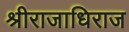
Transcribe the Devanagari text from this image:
श्रीराजाधिराज